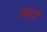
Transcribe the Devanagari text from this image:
अर्ध्द